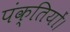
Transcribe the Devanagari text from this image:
पंक्तियों।